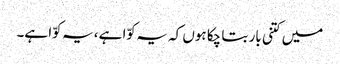
میں کتنی بار بتا چکا ہوں کہ یہ کوّا ہے، یہ کوّا ہے۔